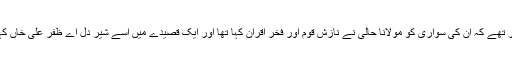
رکشا کے قلی بے خبر تھے کہ ان کی سواری کو مولانا حالی نے نازش قوم اور فخر اقران کہا تھا اور ایک قصیدے میں اسے شیر دل اے ظفر علی خاں کہہ کر مخاطب کیا تھا۔